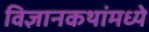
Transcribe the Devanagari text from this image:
विज्ञानकथांमध्ये